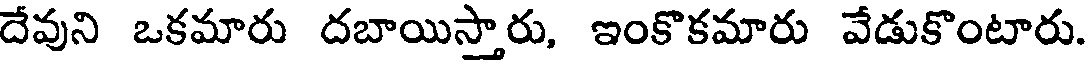
దేవుని ఒకమారు దబాయిస్తారు, ఇంకొకమారు వేడుకొంటారు.